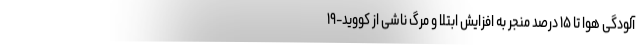
آلودگی هوا تا ۱۵ درصد منجر به افزایش ابتلا و مرگ ناشی از کووید-۱۹